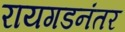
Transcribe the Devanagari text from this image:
रायगडनंतर